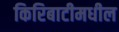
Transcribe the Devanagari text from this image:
किरिबाटीमधील